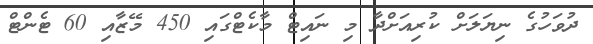
ދުވަހުގެ ނިޔަލަށް ކުރިއަށްދާ މި ނައިޓް މާކެޓްގައި 450 މޭޒާއި 60 ޓެންޓް